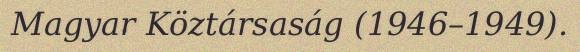
Magyar Köztársaság (1946–1949).